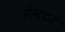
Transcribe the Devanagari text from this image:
सेनटर